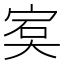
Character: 𡨮